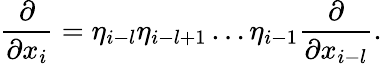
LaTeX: \frac{\partial}{\partial x_{i}}=\eta_{i-l}\eta_{i-l+1}\dots\eta_{i-1}\frac{\partial}{\partial x_{i-l}}.